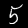
Label: 5